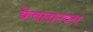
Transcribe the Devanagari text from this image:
केवलान्वय